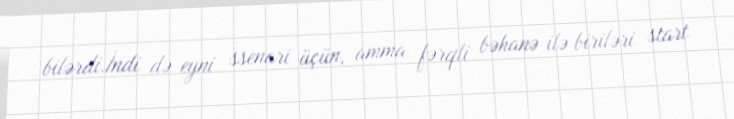
bilərdi.İndi də eyni ssenari üçün, amma fərqli bəhanə ilə biriləri start